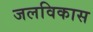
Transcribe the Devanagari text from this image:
जलविकास